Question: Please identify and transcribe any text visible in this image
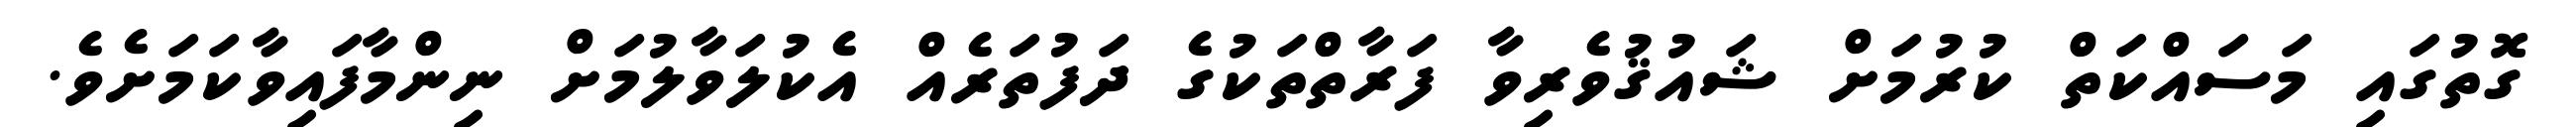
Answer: ގޮތުގައި މަސައްކަތް ކުރުމަށް ޝައުޤުވެރިވާ ފަރާތްތަކުގެ ދަފުތަރެއް އެކުލަވާލުމަށް ނިންމާފައިވާކަމަށެވެ.